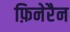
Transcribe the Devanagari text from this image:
फ़िनेरैन